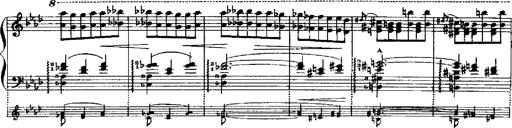
Title: RÃ©miniscences de Robert le diable
Composer: Franz Liszt